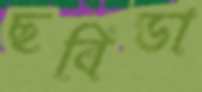
ছবিডা